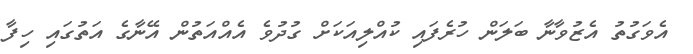
އެވަގުތު އެޒުވާނާ ބަލަން ހުރެފައި ކުއްލިއަކަށް ގުދުވެ އެއްއަތުން އޭނާގެ އަތުގައި ހިފާ